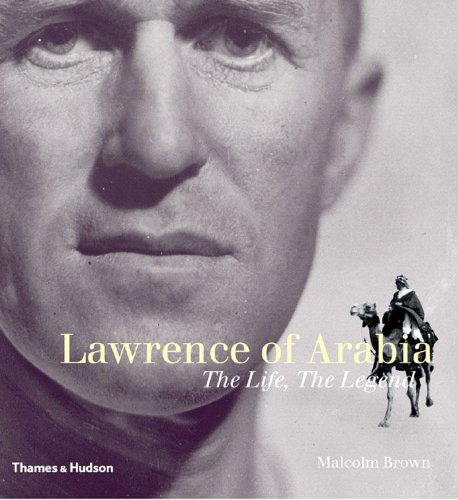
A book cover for Lawrence of Arabia: The Life, the Legend; Malcolm Brown; History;